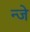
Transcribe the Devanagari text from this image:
न्जे